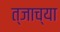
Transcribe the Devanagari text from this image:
त्जाच्या